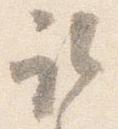
取